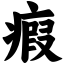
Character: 瘕